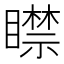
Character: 𥋴